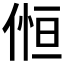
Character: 𠋧